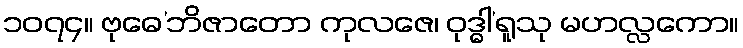
၁၀၇၄။ ဗုဓေ’ဘိဇာတော ကုလဇေ၊ ဝုဒ္ဓါ’ရူသု မဟလ္လကော။